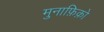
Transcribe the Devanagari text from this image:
मुनाफ़िक़ो